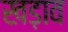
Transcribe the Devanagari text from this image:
खड़ाव